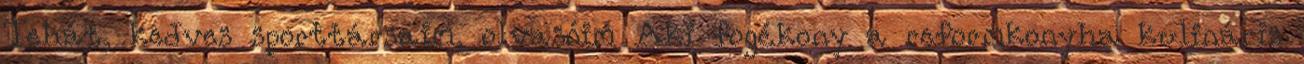
Tehát, kedves sporttársaim, olvasóim Aki fogékony a reformkonyha kulináris